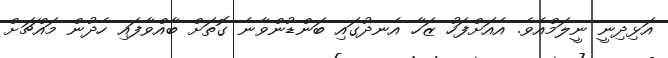
އަޅިދިނީ ނީލަމްއެވެ. އެއަށްފަހު ޒަހާ އެނދުގައި ބަންޑުންވާނެ ގޮތަށް ބާއްވާފައި ހެދުން މައްޗަށް